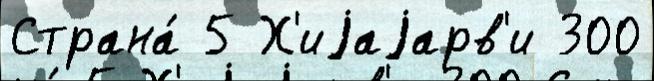
Страна́ 5 Х'иjаjарв'и 300